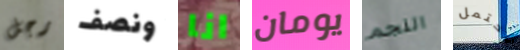
رجل ونصف انا يومان النجم تحتمل